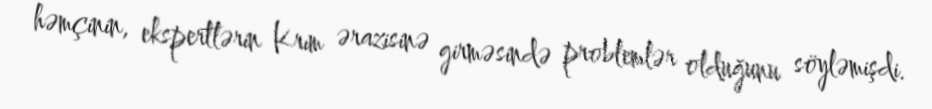
həmçinin, ekspertlərin Krım ərazisinə girməsində problemlər olduğunu söyləmişdi.